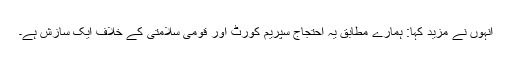
انہوں نے مزید کہا: ہمارے مطابق یہ احتجاج سپریم کورٹ اور قومی سلامتی کے خلاف ایک سازش ہے۔